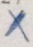
x